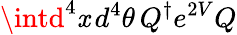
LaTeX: \intd^{4}\mathit{x}\, d^{4}\theta\, Q^{\dagger}e^{2V}Q